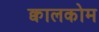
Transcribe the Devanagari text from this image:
क्वालकोम